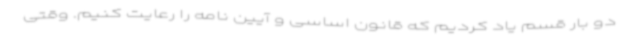
دو بار قسم یاد کردیم که قانون اساسی و آیین نامه را رعایت کنیم. وقتی